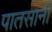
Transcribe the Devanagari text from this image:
पातसानी